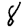
Digit: 8